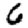
Digit: 6